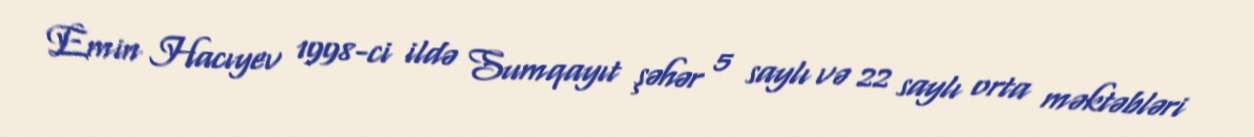
Emin Hacıyev 1998-ci ildə Sumqayıt şəhər 5 saylı və 22 saylı orta məktəbləri